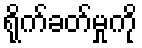
ရိုက်ခတ်မှုကို